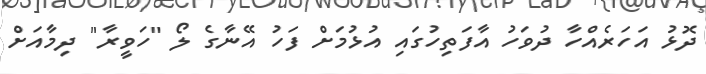
ދޮޅު އަހަރެއްހާ ދުވަހު އާފަތިހުގައި އުޅުމަށް ފަހު އޭނާގެ ލޯ "ހަވީރާ" ދިމާއަށް